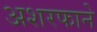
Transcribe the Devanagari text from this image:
अशरफाने